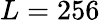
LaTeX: L=256